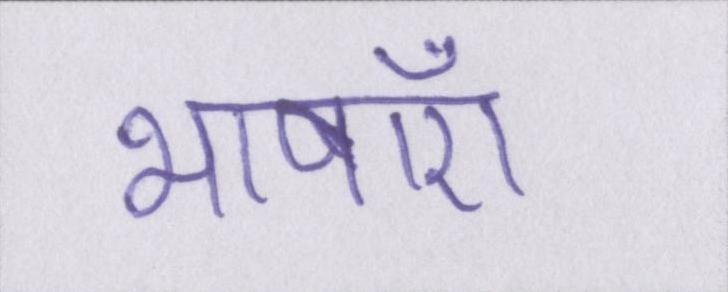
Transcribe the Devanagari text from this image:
भाषाएँ